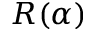
R ( \alpha )